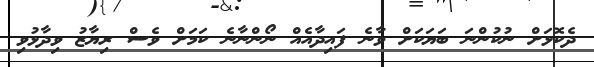
ދެކޮޅަށް ނުކުންނަ ބަޔަކަށް ވާނެ ފައިދާއެއް ނޯންނާނެ ކަމަށް ވެސް ރިޔާޒު ވިދާޅުވި